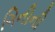
ગિનીની